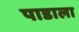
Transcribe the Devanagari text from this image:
पाडाला